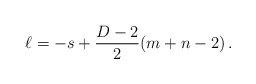
\begin{align*} \ell = -s + \frac{D-2}{2}(m+n-2)\,.\end{align*}